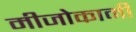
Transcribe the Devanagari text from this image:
मीजोकामी